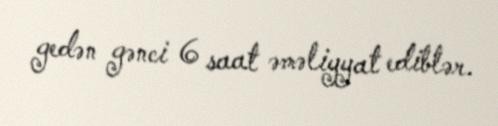
gedən gənci 6 saat əməliyyat ediblər.